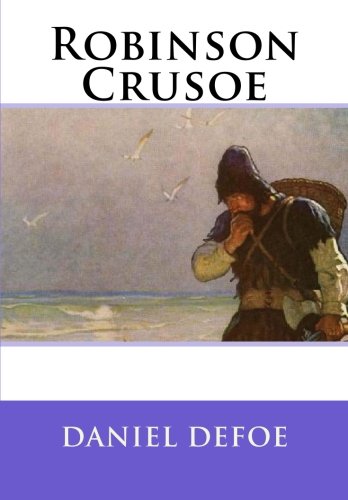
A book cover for Robinson Crusoe; Daniel Defoe; Literature & Fiction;